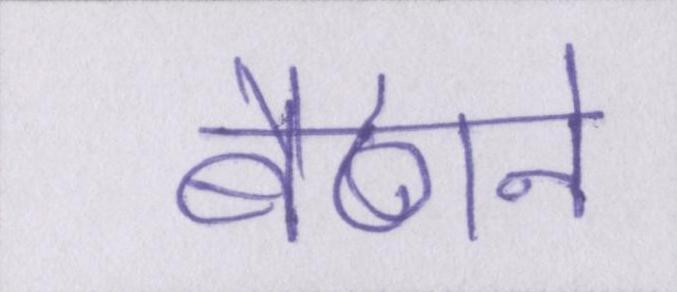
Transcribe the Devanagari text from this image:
बैठाने